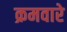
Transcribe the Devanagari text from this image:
क्रमवारे